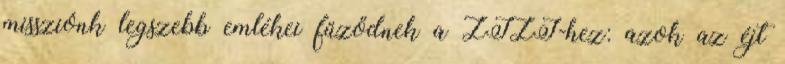
missziónk legszebb emlékei fűződnek a ZIZI-hez: azok az éjt